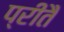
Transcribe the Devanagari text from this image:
प्रीतै